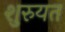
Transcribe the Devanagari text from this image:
शुरुयत